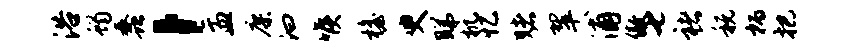
浴蝎蠡，盂廖汩喉檐臾睇机忆赌翠浦傲七褚税柄把